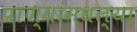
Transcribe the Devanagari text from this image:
प्राण्यांमधल्या